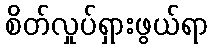
စိတ်လှုပ်ရှားဖွယ်ရာ